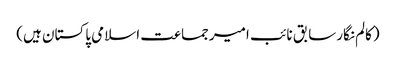
(کالم نگارسابق نائب امیرجماعت اسلامی پاکستان ہیں)